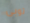
توبى